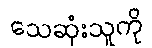
သေဆုံးသူကို